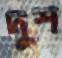
দুশ